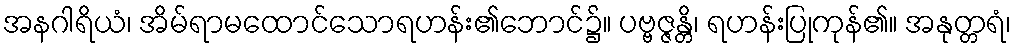
အနဂါရိယံ၊ အိမ်ရာမထောင်သောရဟန်း၏ဘောင်၌။ ပဗ္ဗဇ္ဇန္တိ၊ ရဟန်းပြုကုန်၏။ အနုတ္တရံ၊